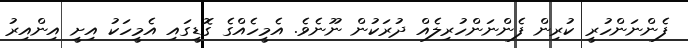
ފެންނަންހުރީ ކުރިން ފެންނަންހުރިލެއް ދުރަކުން ނޫނެވެ. އެމީހެއްގެ ގޮޑީގައި އެމީހަކު އިށީ އިންއިރު